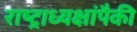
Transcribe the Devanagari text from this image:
राष्ट्राध्यक्षांपैकी